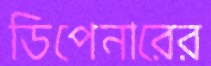
ডিপেনারের